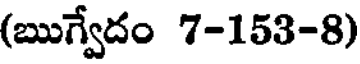
(ఋగ్వేదం 7-153-8)